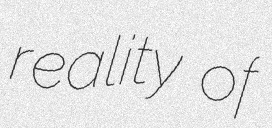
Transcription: reality of